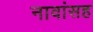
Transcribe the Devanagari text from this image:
नावांसह